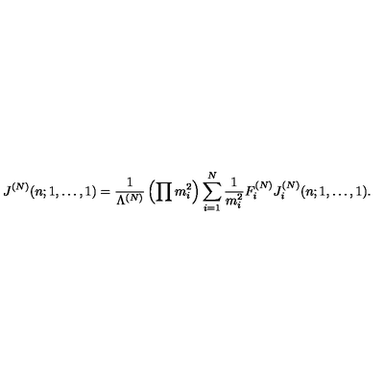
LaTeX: J ^ { ( N ) } ( n ; 1 , \ldots , 1 ) = \frac { 1 } { \Lambda ^ { ( N ) } } \left( \prod m _ { i } ^ { 2 } \right) \sum _ { i = 1 } ^ { N } \frac { 1 } { m _ { i } ^ { 2 } } F _ { i } ^ { ( N ) } J _ { i } ^ { ( N ) } ( n ; 1 , \ldots , 1 ) .